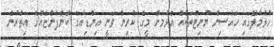
ހުޅުމާލޭގައި ހައުސިން ޔުނިޓްތަކެއް އެޅުމަށް މީގެ ކުރިން ވަނީ އިންޑިއާގެ ކުންފުންޏެއްގެ އިތުރުން